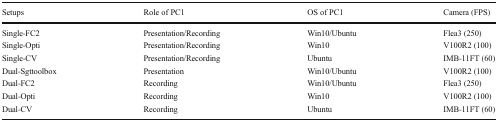
| Setups | Role of PC1 | OS of PC1 | Camera (FPS) |
 | --- | --- | --- | --- |
 | Single-FC2 | Presentation/Recording | Win10/Ubuntu | Flea3 (250) |
 | Single-Opti | Presentation/Recording | Win10 | V100R2 (100) |
 | Single-CV | Presentation/Recording | Ubuntu | IMB-11FT (60) |
 | Dual-Sgttoolbox | Presentation | Win10/Ubuntu | V100R2 (100) |
 | Dual-FC2 | Recording | Win10/Ubuntu | Flea3 (250) |
 | Dual-Opti | Recording | Win10 | V100R2 (100) |
 | Dual-CV | Recording | Ubuntu | IMB-11FT (60) |